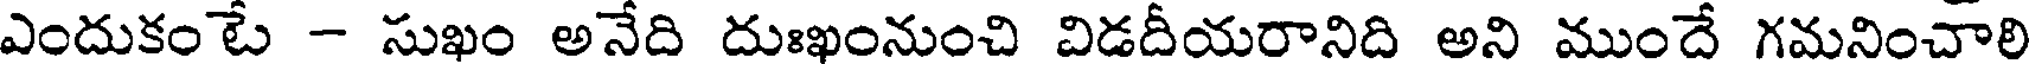
ఎందుకంటే - సుఖం అనేది దుఃఖంనుంచి విడదీయరానిది అని ముందే గమనించాలి